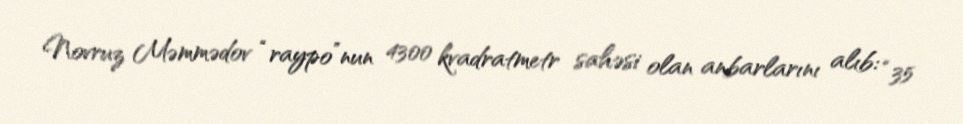
Novruz Məmmədov “raypo”nun 4300 kvadratmetr sahəsi olan anbarlarını alıb: “35